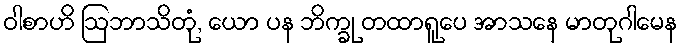
ဝါစာဟိ ဩဘာသိတုံ, ယော ပန ဘိက္ခု တထာရူပေ အာသနေ မာတုဂါမေန